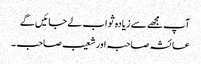
آپ مجھے سے زیادہ ثواب لے جائیں گے
عائشہ صاحبہ اور شعیب صاحب ۔